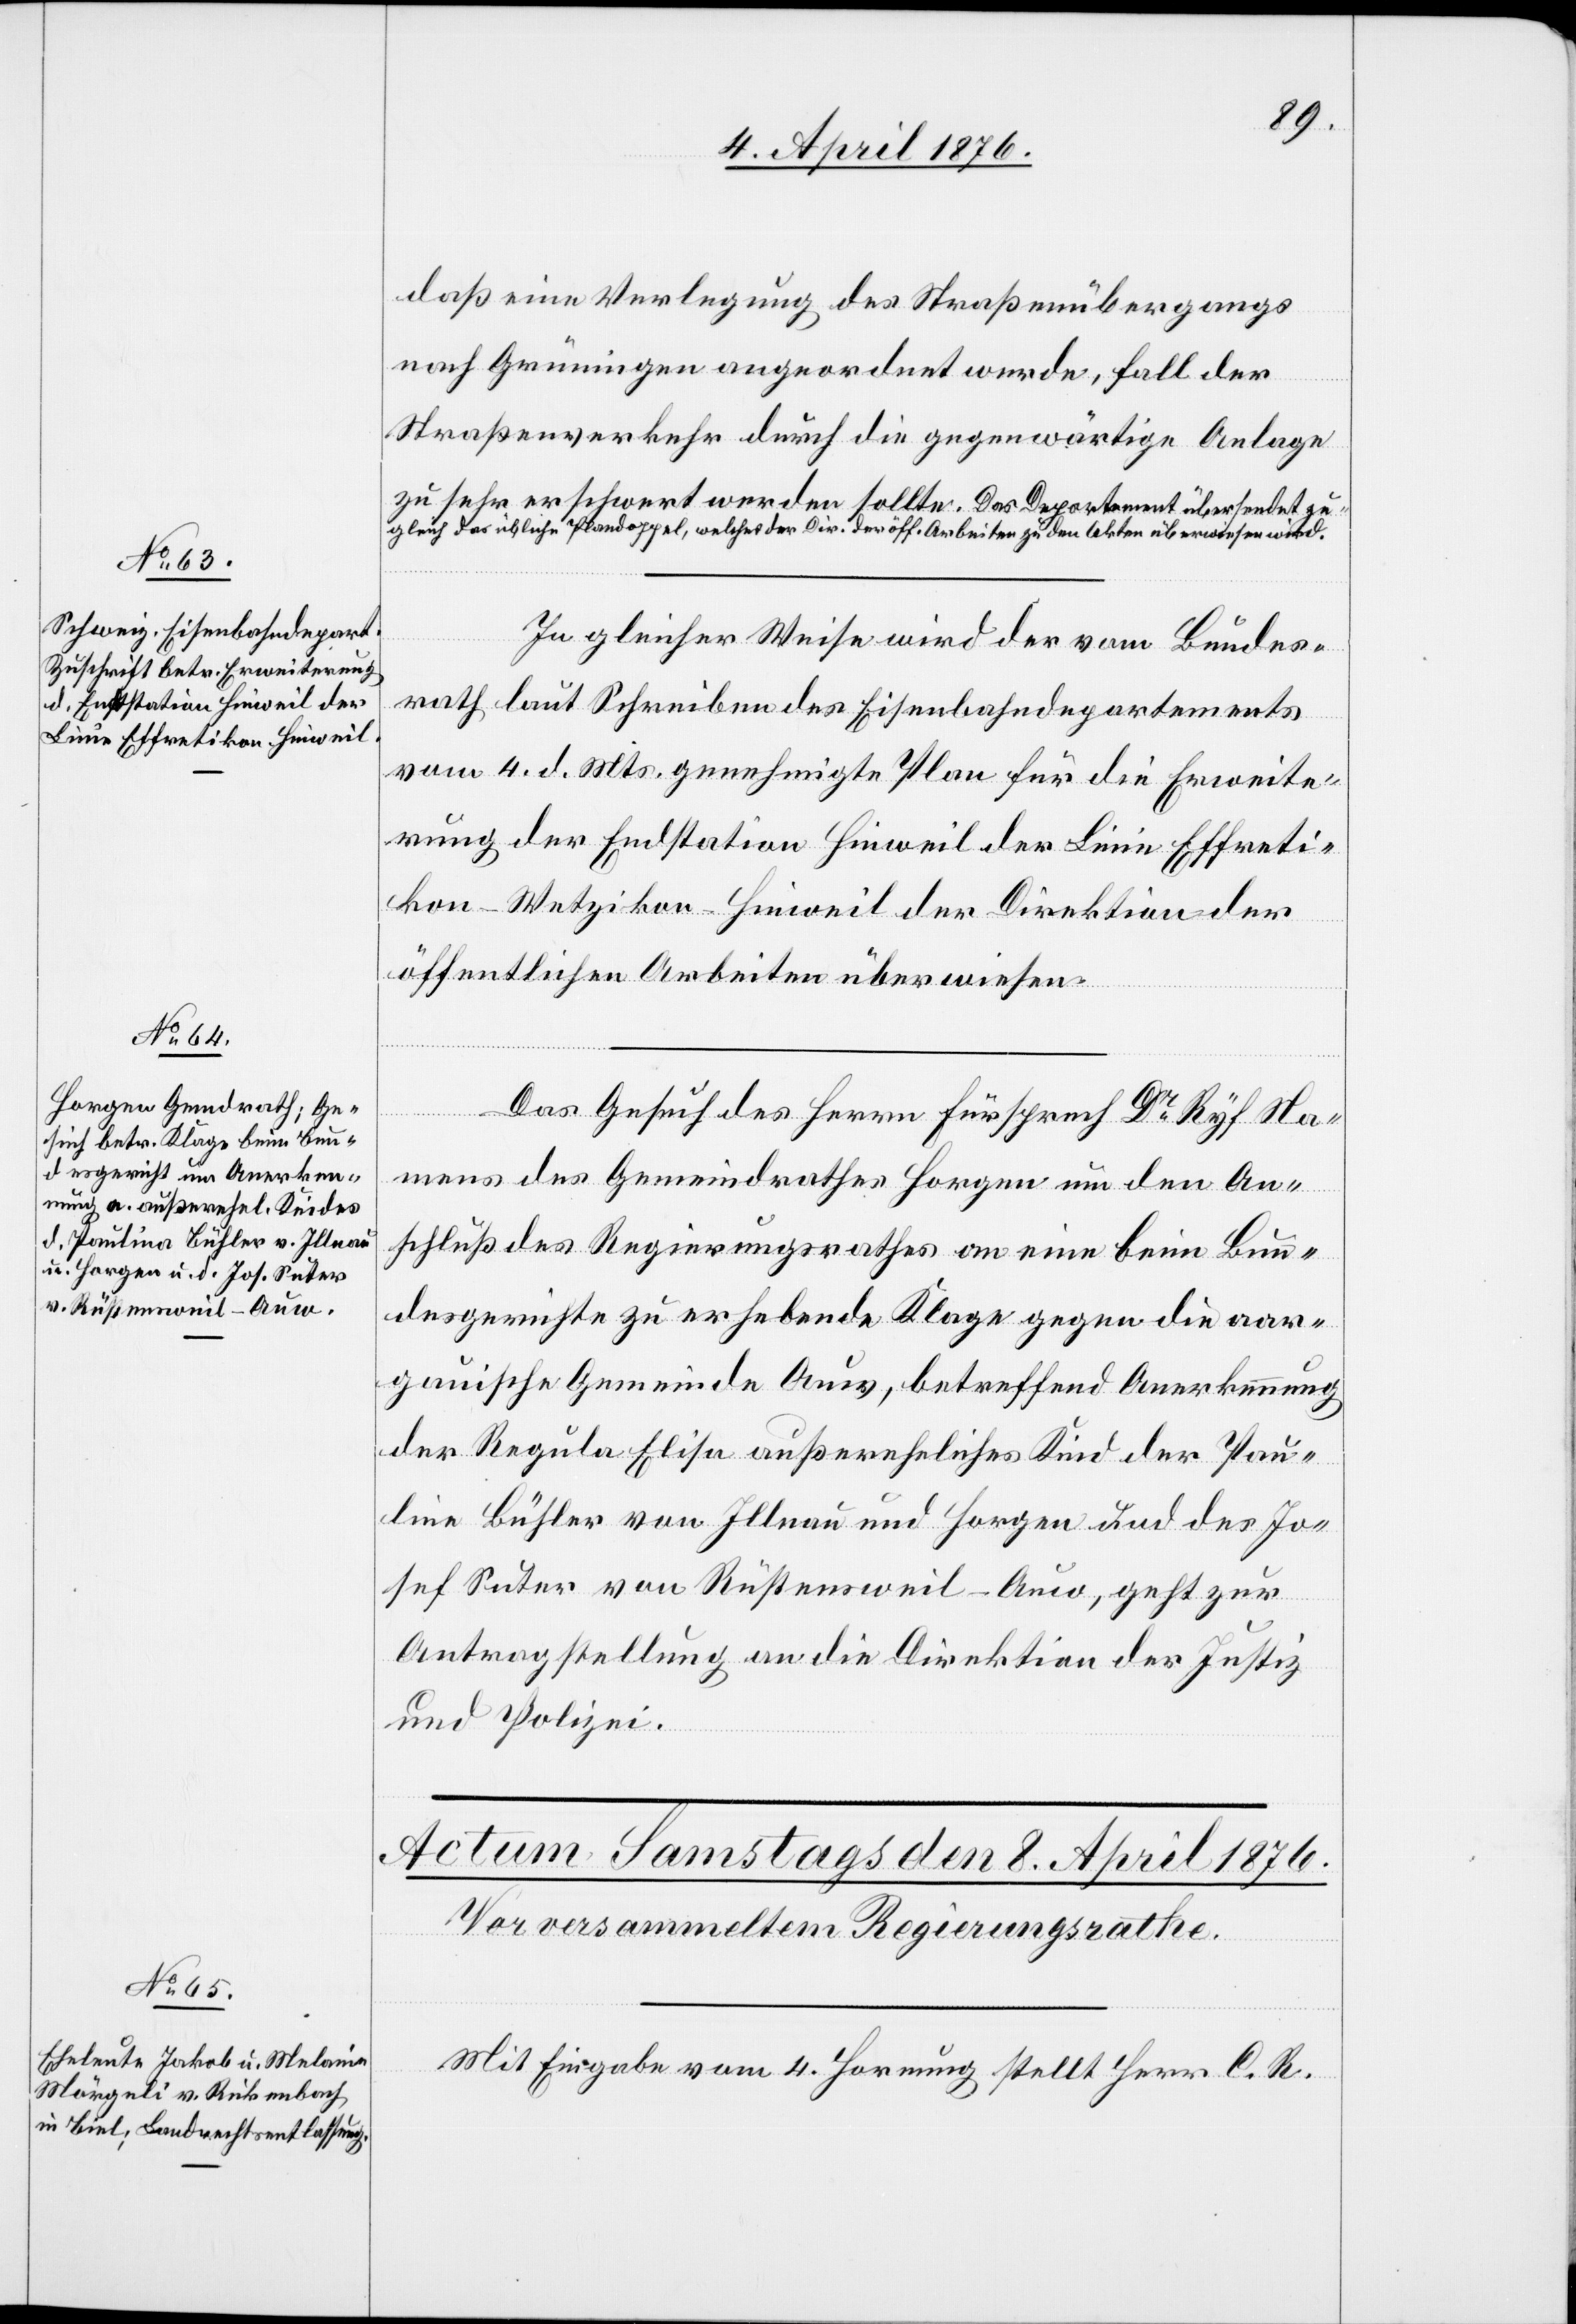
7. April 1876.
daß eine Verlegung des Straßenübergangs
nach Grüningen angewendet werde, fall[s] der
zung
Straßenverkehr durch die gegenwärtige Anlage
zu
sehr erschwert werden sollte. Das Departement übersendet zu¬
gleich das übliche Plandoppel, welches der Dir. der öff. Arbeiten zu den Akten überwiesen wird.
In gleicher Weise wird der vom Bundes¬
rath laut Schreiben des Eisenbahndepartements
vom 4. d. Mts. genehmigte Plan für die Erweite¬
rung der Endstation Hinweil der Linie Effreti¬
kon–Wetzikon–Hinweil der Direktion der
öffentlichen Arbeiten überwiesen.
tset¬
Das Gesuch des Herrn Fürsprech Dr Ryf Na¬
mens des Gemeindrathes Horgen um den An¬
schluß des Regierungsrathes an eine beim Bun¬
desgerichte zu erhebende Klage gegen die aar¬
gauische Gemeinde Auw, betreffend Anerkennung
der Regula Elisa außereheliches Kind der Pau¬
lina Bühler von Illnau und Horgen und des Jo¬
sef Suter von Rüstensweil-Auw, geht zur
Antragstellung an die Direktion der Justiz
und Polizei.
Mit Eingabe vom 4. Hornung stellt Herr C. R.